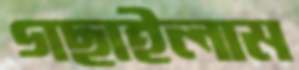
গছাইলাম